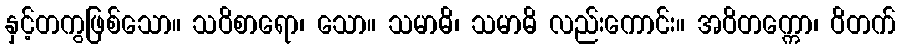
နှင့်တကွဖြစ်သော။ သဝိစာရော၊ သော။ သမာဓိ၊ သမာဓိ လည်းကောင်း။ အဝိတက္ကော၊ ဝိတက်